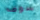
سوف